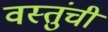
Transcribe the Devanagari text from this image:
वस्तुंची